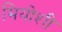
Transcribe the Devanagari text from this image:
मियोशी